Report of the Indian Hemp Drugs Commission, 1894-1895 - Volume IV
Year: 1894
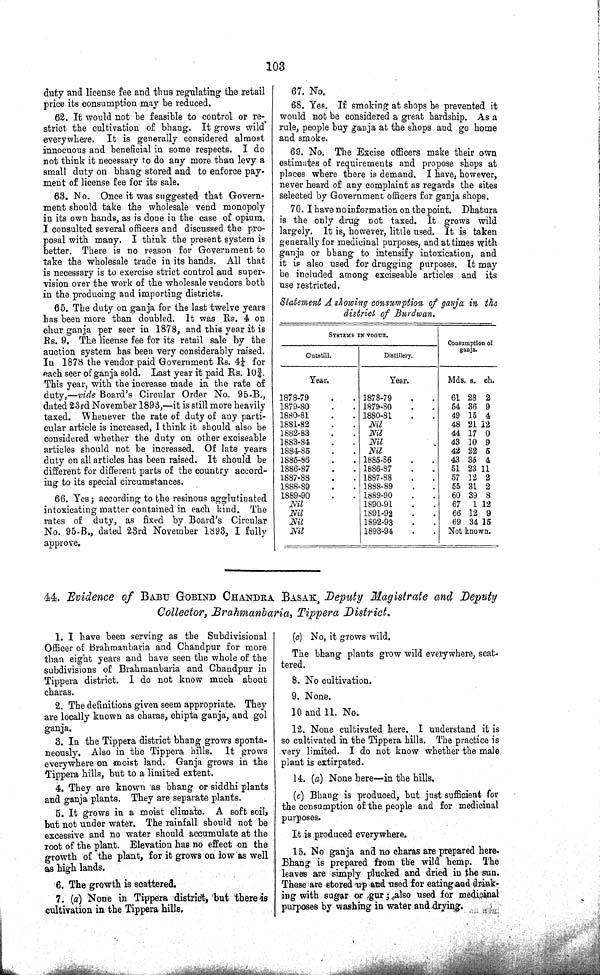
103
duty and license fee and thus regulating the retail
price its consumption may be reduced.
62. It would not be feasible to control or re-
strict the cultivation of bhang. It grows wild
everywhere. It is generally considered almost
innocuous and beneficial in some respects. I do
not think it necessary to do any more than levy a
small duty on bhang stored and to enforce pay¬
ment of license fee for its sale.
63. No. Once it was suggested that Govern¬
ment should take the wholesale vend monopoly
in its own hands, as is done in the case of opium.
I consulted several officers and discussed the pro¬
posal with many. I think the present system is
better. There is no reason for Government to
take the wholesale trade in its hands. All that
is necessary is to exercise strict control and super¬
vision over the work of the wholesale vendors both
in the producing and importing districts.
65. The duty on ganja for the last twelve years
has been more than doubled. It was Rs. 4 on
chur ganja per seer in 1878, and this year it is
Rs. 9. The license fee for its retail sale by the
auction system has been very considerably raised.
In 1878 the vendor paid Government Rs. 4¼ for
each seer of ganja sold. Last year it paid Rs. 10¾.
This year, with the increase made in the rate of
duty,—vide Board's Circular Order No. 95-B.,
dated 23rd November 1893,—it is still more heavily
taxed. Whenever the rate of duty of any parti¬
cular article is increased, I think it should also be
considered whether the duty on other exciseable
articles should not be increased. Of late years
duty on all articles has been raised. It should be
different for different parts of the country accord¬
ing to its special circumstances.
66. Yes; according to the resinous agglutinated
intoxicating matter contained in each kind. The
rates of duty, as fixed by Board's Circular
No. 95-B., dated 23rd November 1893, I fully
approve.
67. No,
68. Yes. If smoking at shops be prevented it
would not be considered a great hardship. As a
rule, people buy ganja at the shops and go home
and smoke.
69. No. The Excise officers make their own
estimates of requirements and propose shops at
places where there is demand. I have, however,
never heard of any complaint as regards the sites
selected by Government officers for ganja shops.
70. I have no information on the point. Dhatura
is the only drug not taxed. It grows wild
largely. It is, however, little used. It is taken
generally for medicinal purposes, and at times with
ganja or bhang to intensify intoxication, and
it is also used for drugging purposes. It may
be included among exciseable articles and its
use restricted.
Statement A showing consumption of ganja in the
district of Burdwan.
SYSTEMS IN VOGUE.
Consumption of
ganja.
Outstill.
Distillery.
Year.
Year.
Mds. s. ch.
1878-79
1878-79
61 28 2
1879-80
1879-80
54 36 9
1880-81
1880-81
49 15 4
1881-82
Nil
48 21 12
1882-83
Nil
44 17 0
1883-84
Nil
43 10 9
1884-85
Nil
42 22 5
1885-86
1885-86
43 35 4
1886-87
1886-87
51 23 11
1887-88
1887-88
57 12 2
1888-89
1888-89
55 31 2
1889-90
1889-90
60 39 8
Nil
1890-91
67 1 12
Nil
1891-92
66 12 9
Nil
1892-93
69 34 15
Nil
1893-94
Not known.
44. Evidence of BABU GOBIND CHANDRA BASAK, Deputy Magistrate and Deputy
Collector, Brahmanbaria, Tippera District.
1. I have been serving as the Subdivisional
Officer of Brahmanbaria and Chandpur for more
than eight years and have seen the whole of the
subdivisions of Brahmanbaria and Chandpur in
Tippera district. I do not know much about
charas.
2. The definitions given seem appropriate. They
are locally known as charas, chipta ganja, and gol
ganja.
3. In the Tippera district bhang grows sponta¬
neously. Also in the Tippera hills. It grows
everywhere on moist land. Ganja grows in the
Tippera hills, but to a limited extent.
4. They are known as bhang or siddhi plants
and ganja plants. They are separate plants.
5. It grows in a moist climate. A soft soil,
but not under water. The rainfall should not be
excessive and no water should accumulate at the
root of the plant. Elevation has no effect on the
growth of the plant, for it grows on low as well
as high lands.
6. The growth is scattered.
7. (a) None in Tippera district, but there is
cultivation in the Tippera hills.
(c) No, it grows wild.
The bhang plants grow wild everywhere, scat¬
tered.
8. No cultivation.
9. None.
10 and 11. No.
12. None cultivated here. I understand it is
so cultivated in the Tippera hills. The practice is
very limited. I do not know whether the male
plant is extirpated.
14. (a) None here—in the hills.
(c) Bhang is produced, but just sufficient for
the consumption of the people and for medicinal
purposes.
It is produced everywhere.
15. No ganja and no charas are prepared here.
Bhang is prepared from the wild hemp. The
leaves are simply plucked and dried in the sun.
These are stored up and used for eating and drink-
ing with sugar or gur; also used for medicinal
purposes by washing in water and drying.